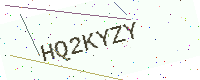
Text: HQ2KYZY